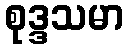
စုဒ္ဒသမာ